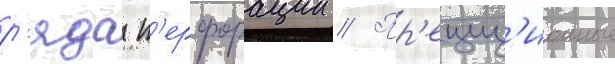
р'яда п'ерфорации // Пр'ециз'ионные